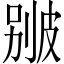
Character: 𤿱